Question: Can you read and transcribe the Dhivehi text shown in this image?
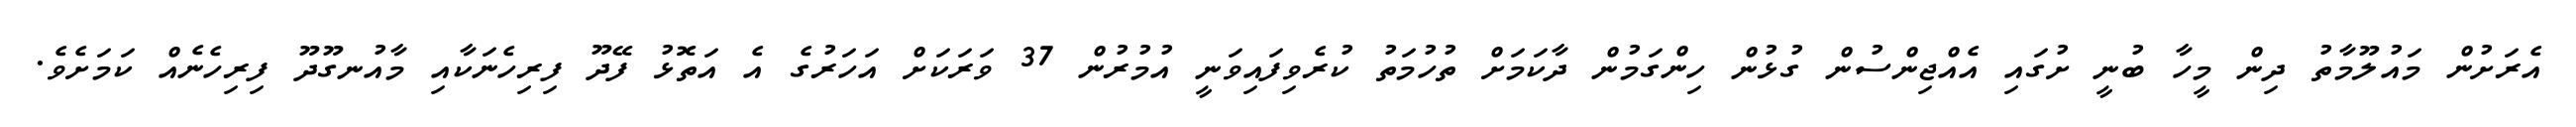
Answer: އެރަށުން މައުލޫމާތު ދިން މީހާ ބުނީ ށުގައި އެއްޖިންސުން ގުޅުން ހިންގަމުން ދާކަމަށް ތުހުމަތު ކުރެވިފައިވަނީ އުމުރުން 37 ވަރަކަށް އަހަރުގެ އެ އަތޮޅު ފޭދޫ ފިރިހެނަކާއި މާއުނގޫދޫ ފިރިހެނެއް ކަމަށެވެ.